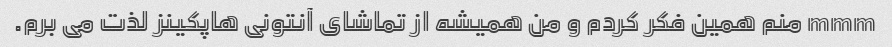
mmm منم همین فکر کردم و من همیشه از تماشای آنتونی هاپکینز لذت می برم.